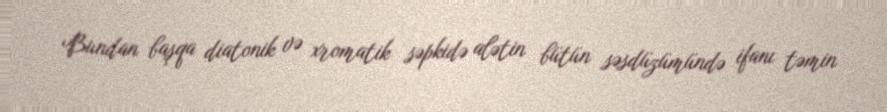
Bundan başqa diatonik və xromatik səpkidə alətin bütün səsdüzümündə ifanı təmin